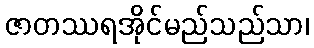
ဇာတဿရအိုင်မည်သည်သာ၊